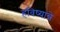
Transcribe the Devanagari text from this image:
हविष्यान्ने